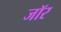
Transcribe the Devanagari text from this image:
जॉर